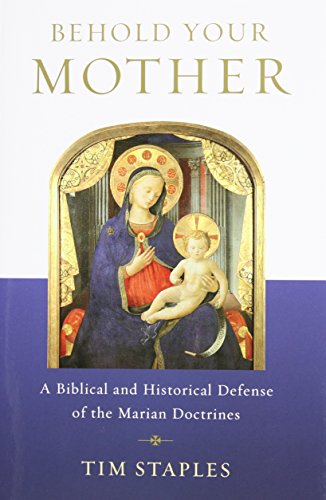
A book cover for Behold Your Mother - A Biblical and Historical Defense of the Marian Doctrines; Tim Staples; Christian Books & Bibles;